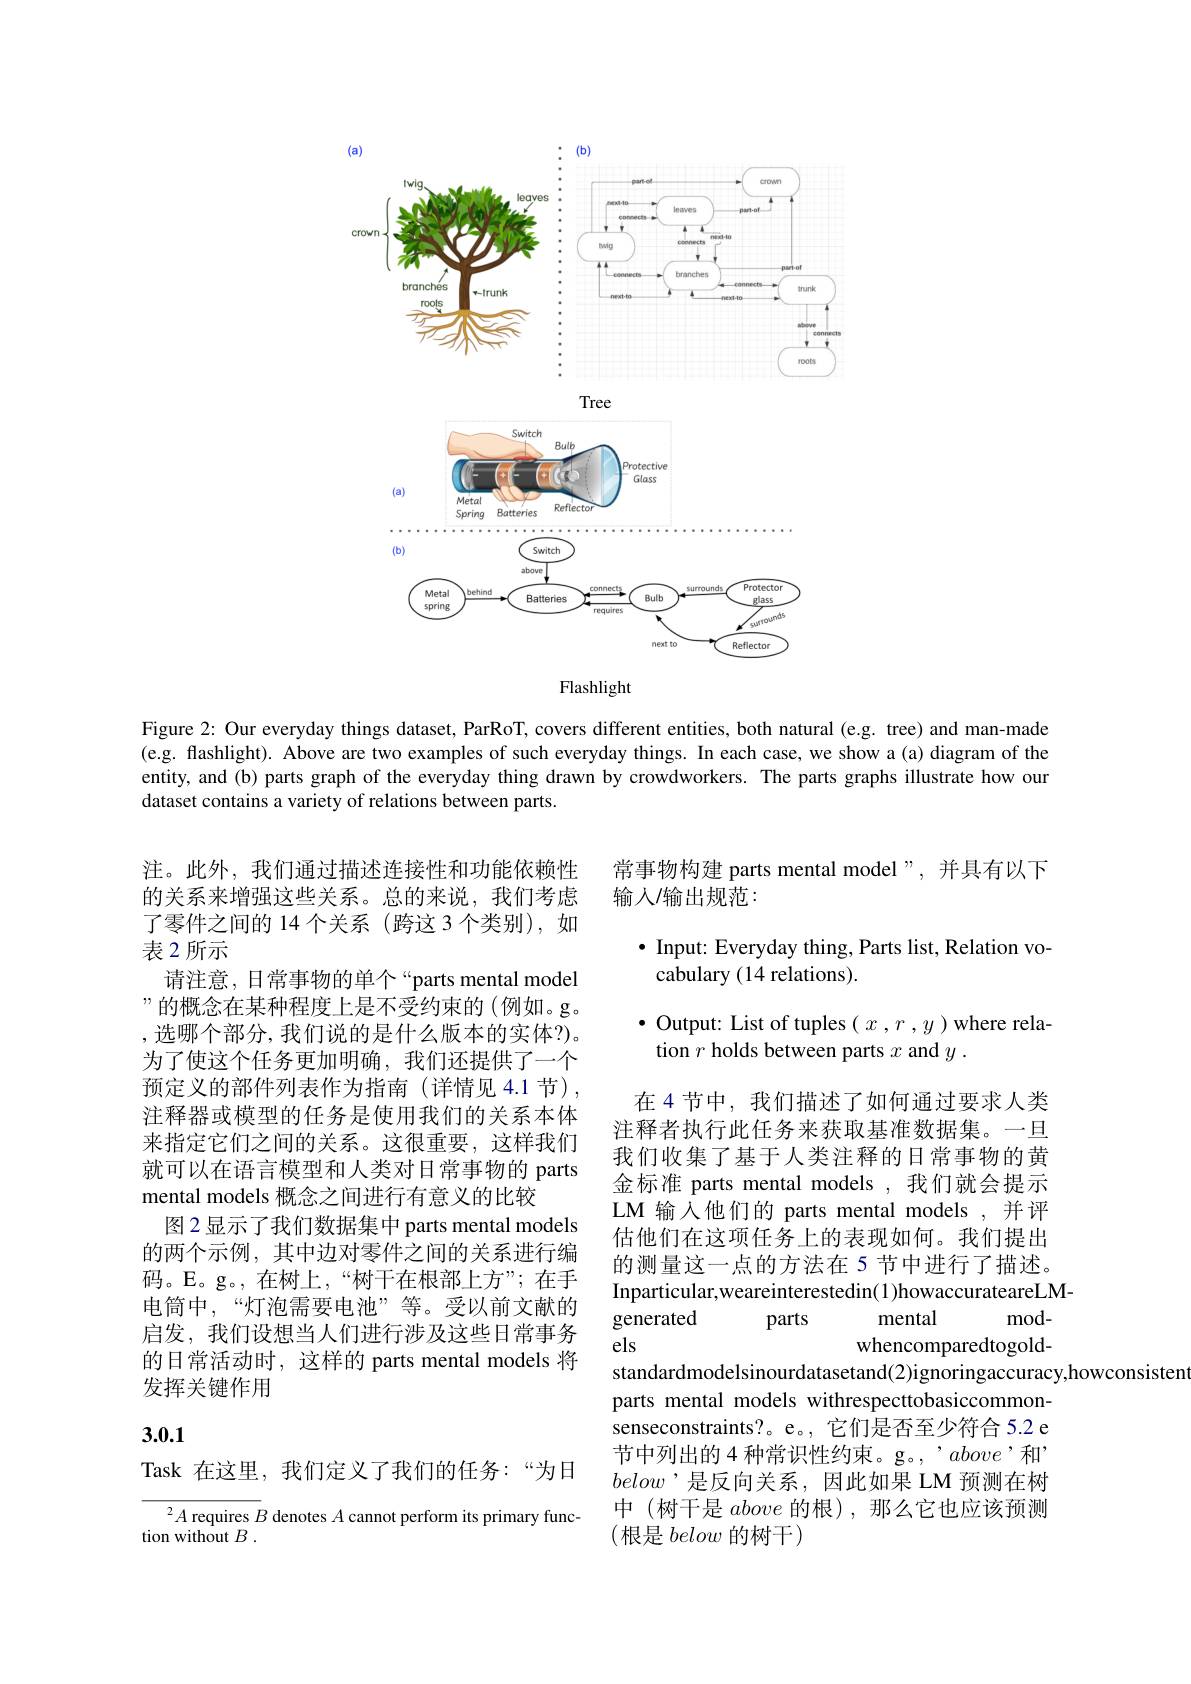
<FigureHere>

Figure 2: Our everyday things dataset, ParRoT, covers different entities, both natural (e.g. tree) and man-made (e.g. flashlight). Above are two examples of such everyday things. In each case, we show a(a) diagram of the entity, and (b) parts graph of the everyday thing drawn by crowdworkers. The parts graphs illustrate how our dataset contains a variety of relations between parts.

常事物构建 parts mental model",并具有以下
输人/输出规范：

$\bullet$ Input: Everyday thing, Parts list, Relation vo-
cabulary (14 relations).

$\bullet$ Output: List of tuples$(x,r,y)$where rela-
tion $r$ holds between parts $x$ and $y.$

注。此外，我们通过描述连接性和功能依赖性的关系来增强这些关系。总的来说，我们考虑了零件之间的 14 个关系 (跨这 3 个类别),如表 2 所示
请注意，日常事物的单个“parts mental model ”的概念在某种程度上是不受约束的(例如。g。,选哪个部分，我们说的是什么版本的实体？)。为了使这个任务更加明确，我们还提供了一个预定义的部件列表作为指南(详情见 4.1 节), 注释器或模型的任务是使用我们的关系本体来指定它们之间的关系。这很重要，这样我们就可以在语言模型和人类对日常事物的 parts mental models 概念之间进行有意义的比较
图2显示了我们数据集中 parts mental models 的两个示例，其中边对零件之间的关系进行编码。E。g。,在树上，“树干在根部上方”;在手电筒中，“灯泡需要电池”等。受以前文献的启发，我们设想当人们进行涉及这些日常事务的日常活动时，这样的 parts mental models 将发挥关键作用

在 4 节中，我们描述了如何通过要求人类注释者执行此任务来获取基准数据集。一旦我们收集了基于人类注释的日常事物的黄金标准 parts mental models ,我们就会提示LM 输入他们的 parts mental models ,并评估他们在这项任务上的表现如何。我们提出的测量这一点的方法在 5 节中进行了描述。Inparticular,weareinterestedin(1)howaccurateareLM-

generated
mental
mod-
parts
els
whencomparedtogold-
standardmodelsinourdatasetand(2)ignoringaccuracy,howconsisten
parts mental models withrespecttobasiccommonsenseconstraints?。e。,它们是否至少符合 5.2 e 节中列出的 4 种常识性约束。g。, $,above$,和below’是反向关系，因此如果 LM 预测在树中 (树干是above的根),那么它也应该预测(根是 below 的树干)

## 3.0.1

Task 在这里，我们定义了我们的任务：“为日

${{\overline{{^2}A\text{ requires }B}}}$ denotes $A$ cannot perform its primary func-
tion without $B$ .